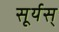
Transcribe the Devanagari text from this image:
सूर्यस्